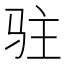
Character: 驻